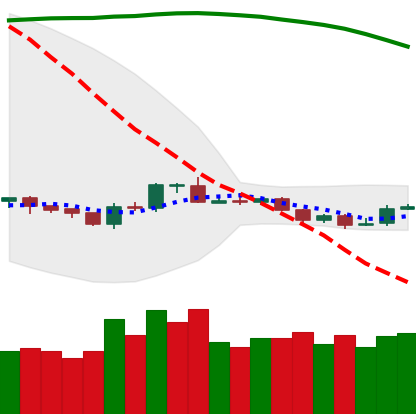
Ticker: BTC-USD
Chart end date: 2019-10-21
Forward return: 12.146%
Label: up_7plus